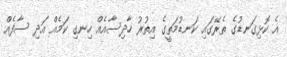
އެ ކޮޅިގަނޑުގެ ތެރޭގައި ކަނޑުމަތީގެ އިތުރު ހާދިސާއެއް ހިނގި ކަމެއް އަދި ސާފެއް